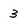
Character: 3